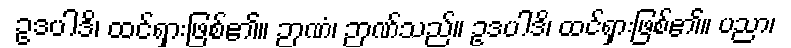
ဥဒပါဒိ၊ ထင်ရှားဖြစ်၏။ ဉာဏံ၊ ဉာဏ်သည်။ ဥဒပါဒိ၊ ထင်ရှားဖြစ်၏။ ပညာ၊